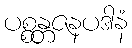
ပစ္စန္တဇနပဒါနံ